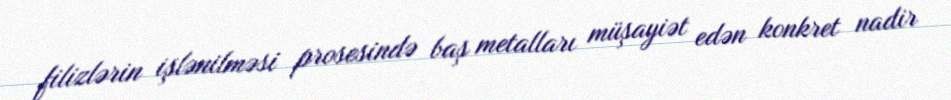
filizlərin işlənilməsi prosesində baş metalları müşayiət edən konkret nadir